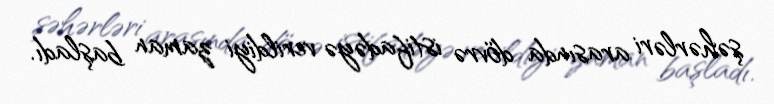
şəhərləri arasında dövrə istifadəyə verildiyi zaman başladı.